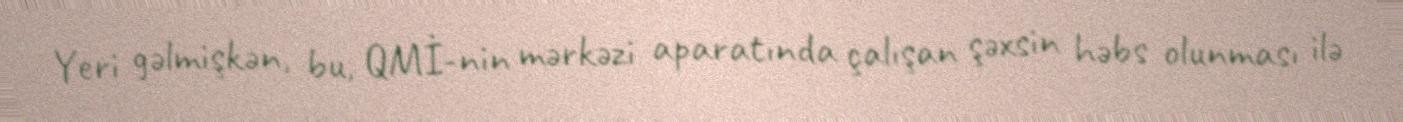
Yeri gəlmişkən, bu, QMİ-nin mərkəzi aparatında çalışan şəxsin həbs olunması ilə